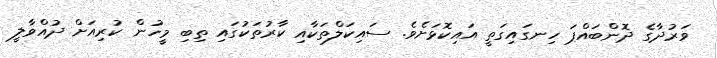
ވަރުދާގެ ދޮންބައްޕަ ހިނގައިގަތީ އައިކޮޅަށެވެ. ސައިކަލްތަކާއި ކާރުތަކުގައި ތިބި މީހުން ކުރިއަށް ދުއްވާލީ